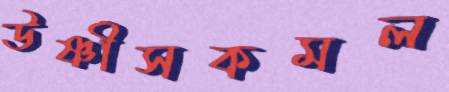
উষ্ণীসকমল